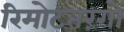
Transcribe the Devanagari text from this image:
रिमोटतरंगों